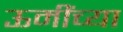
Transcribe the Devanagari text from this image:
ऊमींच्या